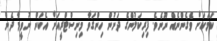
ކަމަކަށް ވެގެންނެއް ނޫނެވެ. ފިރިކަލުންގެ ދަށުން ހިންގަވާ މިނިސްޓްރީއަށް އެކަން ނުވީމާ ދެން